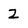
Character: 2